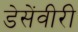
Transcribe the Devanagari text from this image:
डेसेंवीरी